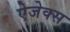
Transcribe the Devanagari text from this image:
ऐजेक्स